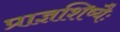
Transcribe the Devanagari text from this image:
प्राज्ञशिष्यैः